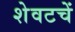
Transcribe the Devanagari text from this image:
शेवटचें